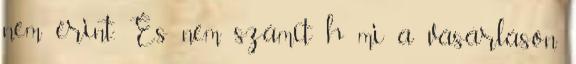
nem érint. És nem számít h mi a vásárláson